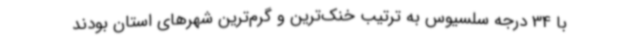
با 34 درجه سلسیوس به ترتیب خنک‌ترین و گرم‌ترین شهرهای استان بودند